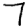
Digit: 7